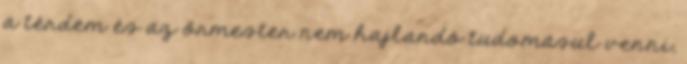
a térdem és az őrmester nem hajlandó tudomásul venni,